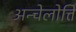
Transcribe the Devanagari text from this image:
अन्चेलोत्ति